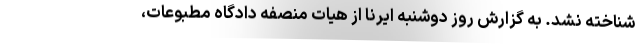
شناخته نشد. به گزارش روز دوشنبه ایرنا از هیات منصفه دادگاه مطبوعات،